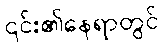
၎င်း၏နေရာတွင်